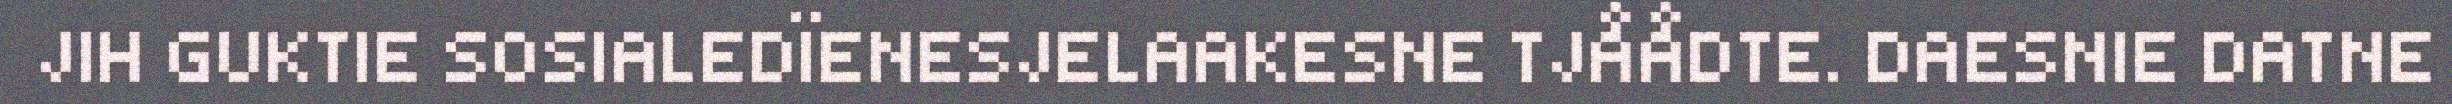
JIH GUKTIE SOSIALEDÏENESJELAAKESNE TJÅÅDTE. DAESNIE DATNE